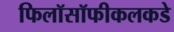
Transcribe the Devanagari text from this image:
फिलॉसॉफीकलकडे